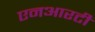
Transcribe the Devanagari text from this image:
एनआरटी